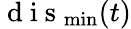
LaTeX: \mathrm{~d~i~s~}_{\operatorname*{min}}(t)